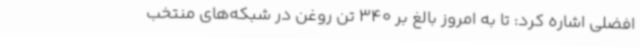
افضلی اشاره کرد: تا به امروز بالغ بر 340 تن روغن در شبکه‌های منتخب